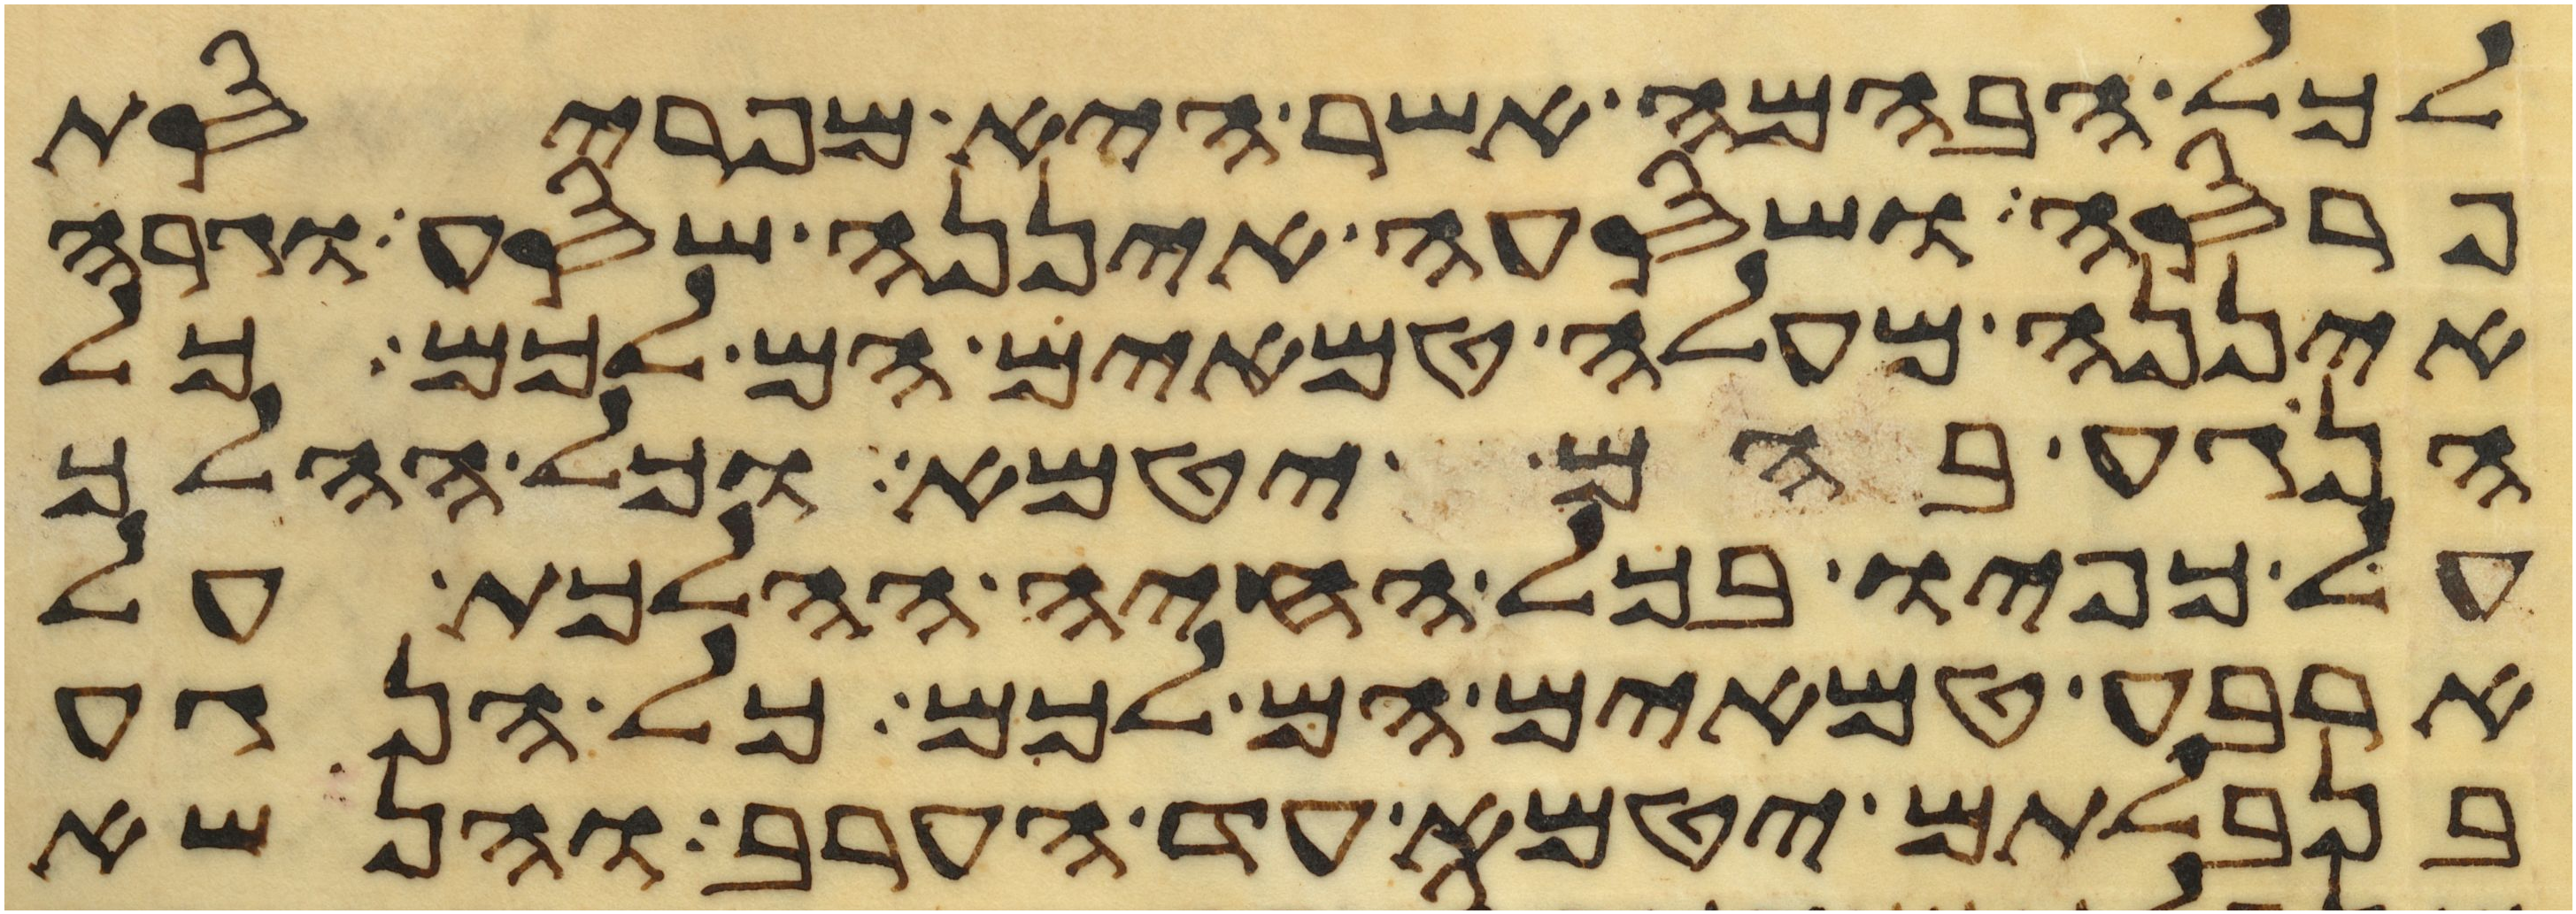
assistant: לכל הבהמה אשר היא מפריסת
פרסה ושסעה איננה שסע וגרה
איננה מעלה טמאים הם לכם כל
הנגע בהם יטמא וכל ההלך
על כפיו בכל החיה ההלכת על
ארבע טמאים הם לכם כל הנגע
בנבלתם יטמא עד הערב והנשא